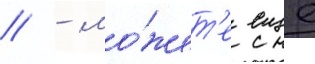
// - мо́жет'е еще